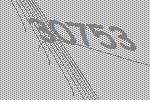
30753